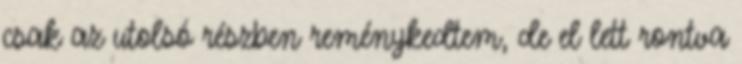
csak az utolsó részben reménykedtem, de el lett rontva